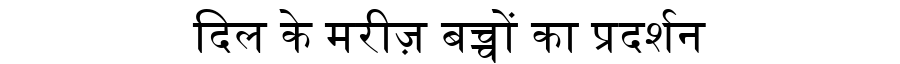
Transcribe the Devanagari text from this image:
दिल के मरीज़ बच्चों का प्रदर्शन